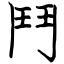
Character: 鬥